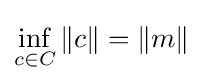
\inf _{c\in C}\|c\|=\|m\|